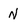
Character: N